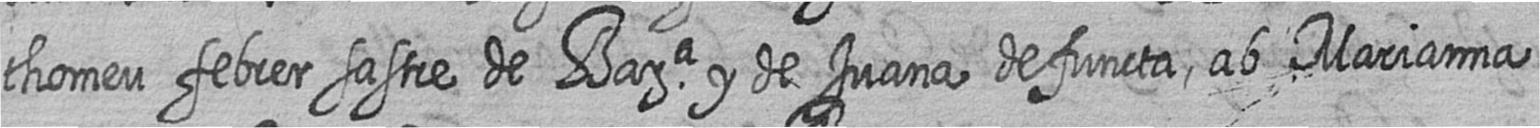
thomeu febrer sastre de Bara y de Juana defuncta ab Marianna